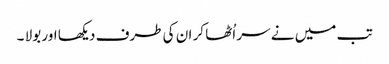
تب میں نے سر اُٹھا کر ان کی طرف دیکھا اور بولا ۔